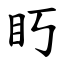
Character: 䀎